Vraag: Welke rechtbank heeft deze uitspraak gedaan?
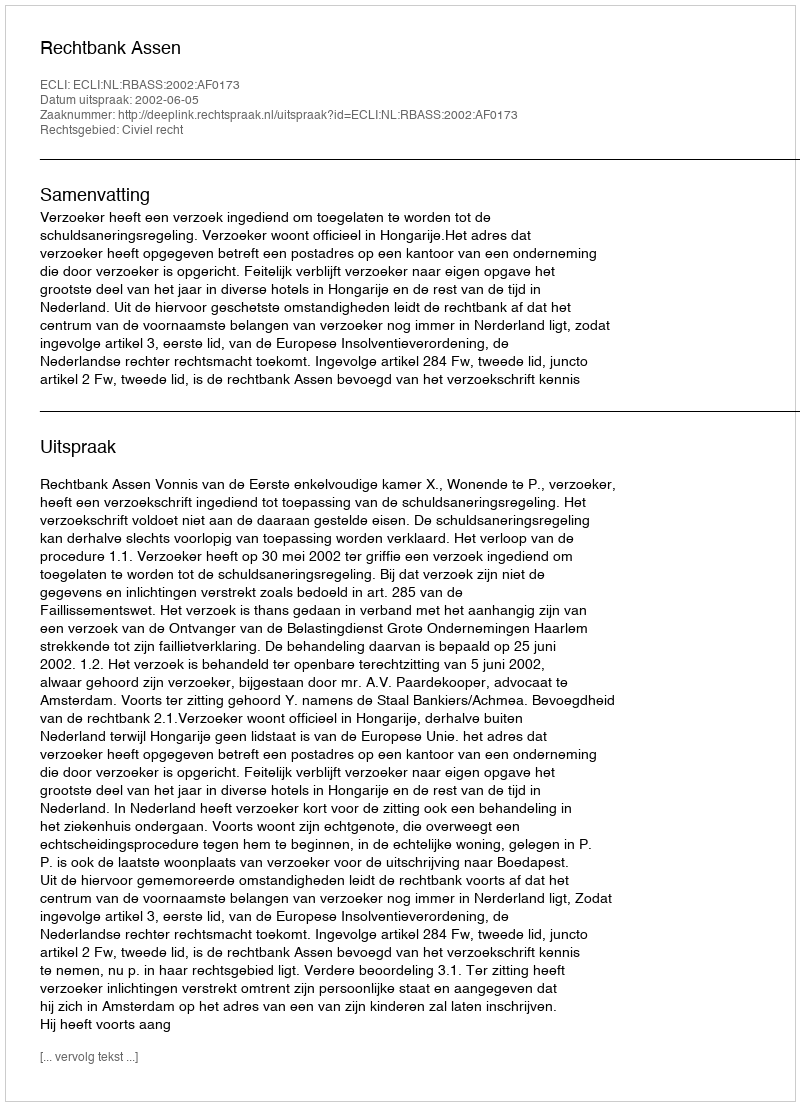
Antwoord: Rechtbank Assen